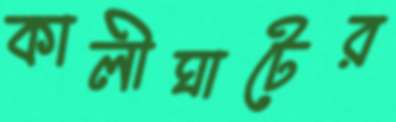
কালীঘাটের